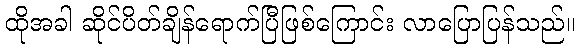
ထိုအခါ ဆိုင်ပိတ်ချိန်ရောက်ပြီဖြစ်ကြောင်း လာပြောပြန်သည်။